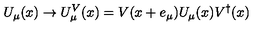
U _ { \mu } ( x ) \rightarrow U _ { \mu } ^ { V } ( x ) = V ( x + e _ { \mu } ) U _ { \mu } ( x ) V ^ { \dagger } ( x )